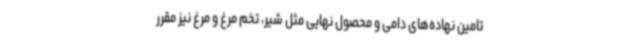
تامین نهاده‌های دامی و محصول نهایی مثل شیر، تخم مرغ و مرغ نیز مقرر